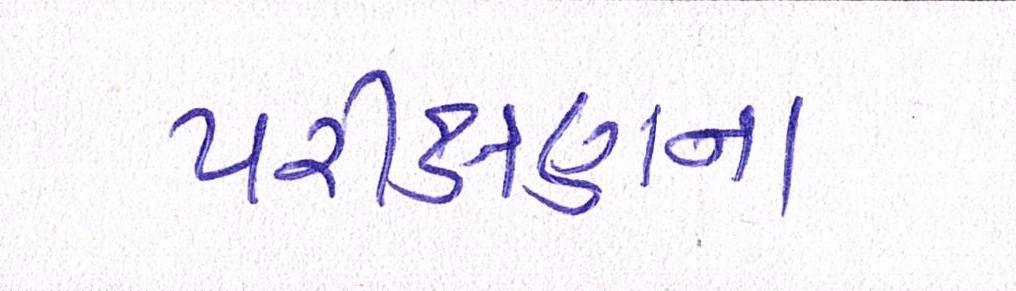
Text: પરીક્ષણના